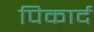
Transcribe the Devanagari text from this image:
पिकार्द